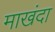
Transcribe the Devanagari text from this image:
माखंदा